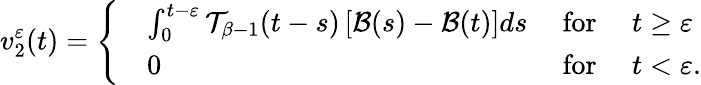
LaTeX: v_{2}^{\varepsilon}(t)=\left\{ \begin{array}{rlrl}&{\int_{0}^{t-\varepsilon}\mathcal{T}_{\beta-1}(t-s)\left[\mathcal{B}(s)-\mathcal{B}(t)\right]ds}&{\mathrm{~for~}}&{t\geq\varepsilon}\\ &{0}&{\mathrm{~for~}}&{t<\varepsilon.}\end{array}\right.